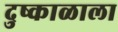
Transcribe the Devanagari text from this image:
दुष्काळाला